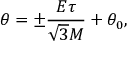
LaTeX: \theta = \pm \frac { E \tau } { \sqrt { 3 } M } + \theta _ { 0 } ,